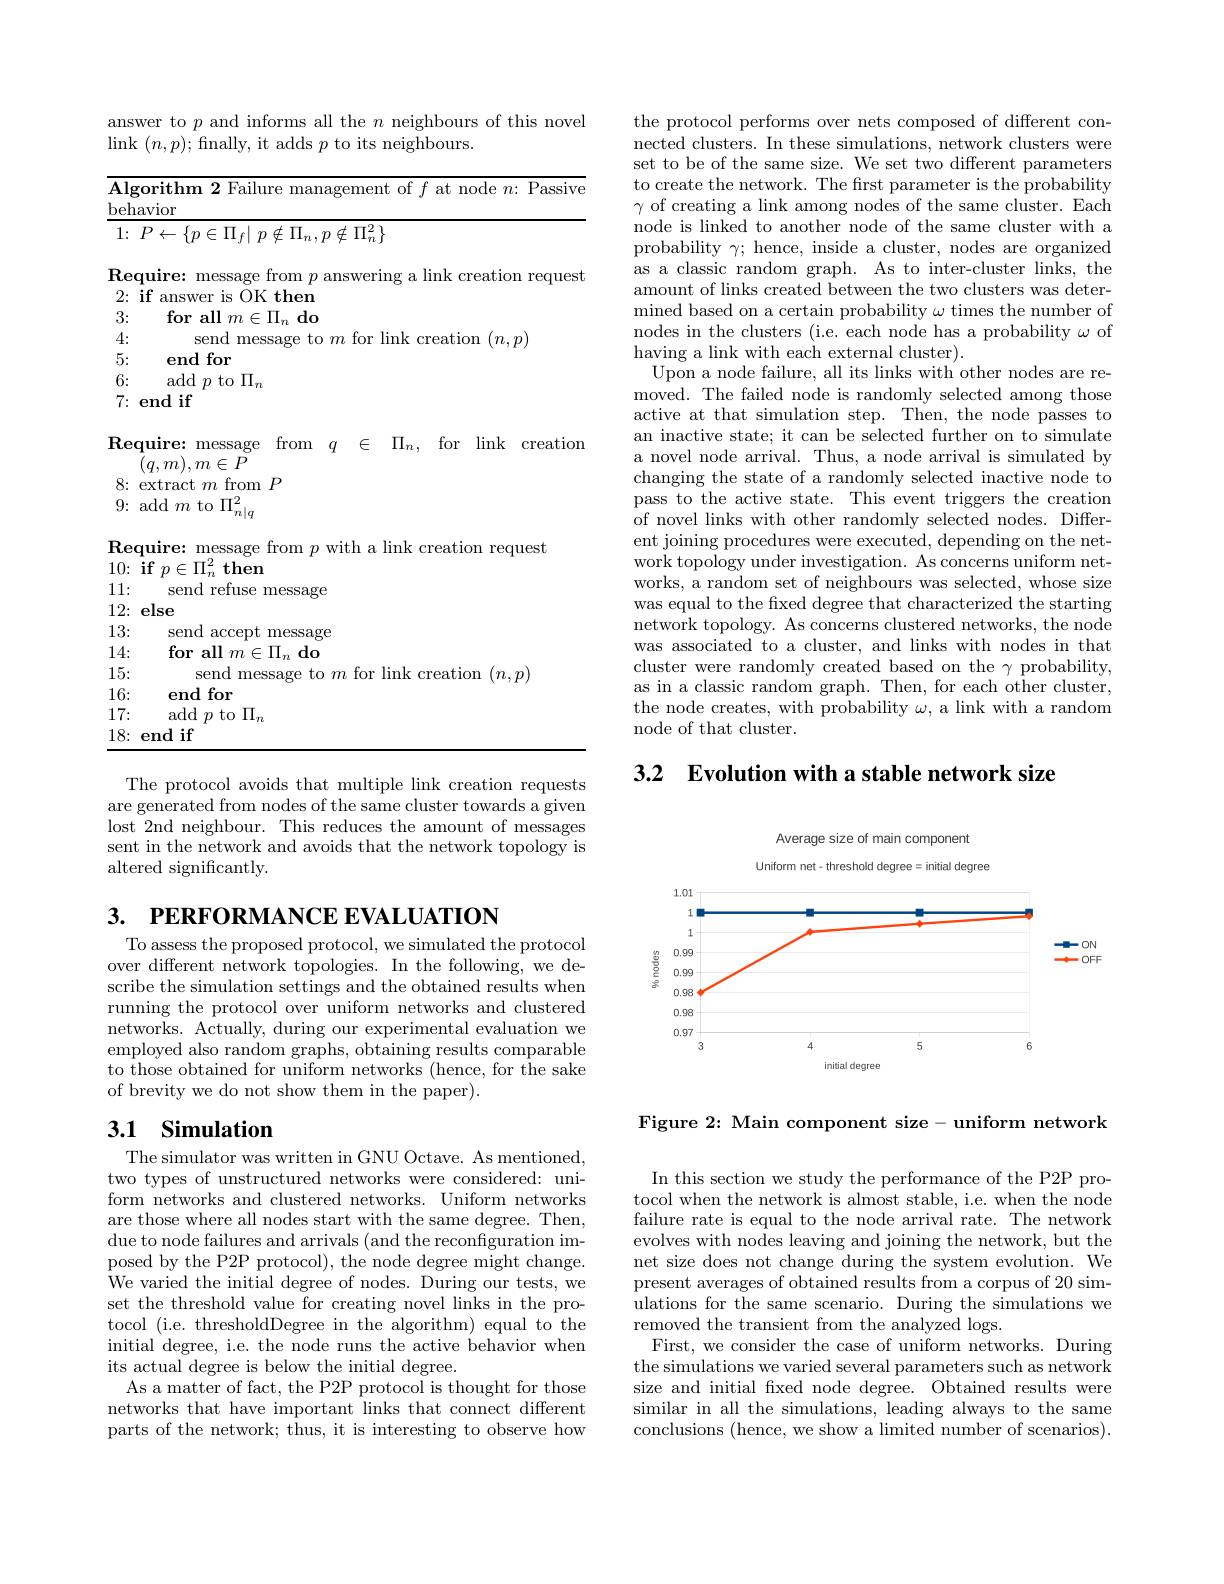
answer to $p$ and informs all the $n$ neighbours of this novel
$\operatorname*{link}(n,p);$fnally, it adds $p$ to its neighbours.

<table>
	<tbody>
		<tr>
			<td>$\overline{\mathbf{Alg}}$ $beh\varepsilon$</td>
			<td>${\mathrm{corithm~2~Failure~management}}$ t ot $f$ at node $n\colon$Passıve avior</td>
		</tr>
		<tr>
			<td>1: </td>
			<td>$P\leftarrow \{ p\in \Pi _{f}|$ $p\notin \Pi _{n}, p\notin \Pi _{n}^{2}\}$</td>
		</tr>
		<tr>
			<td>4:</td>
			<td>send r link creation $(n.n$ mess </td>
		</tr>
		<tr>
			<td>5:</td>
			<td>end for</td>
		</tr>
		<tr>
			<td>6:</td>
			<td>add $p$ to $\Pi_n$</td>
		</tr>
		<tr>
			<td>7:</td>
			<td>$\mathbf{end}$if</td>
		</tr>
		<tr>
			<td>Req</td>
			<td>quire: message from $q$ $\in$ $\Pi _{n}$, for link creation $(q,m),m\in P$</td>
		</tr>
		<tr>
			<td>11: </td>
			<td>refilse message send</td>
		</tr>
		<tr>
			<td>12:</td>
			<td>else</td>
		</tr>
		<tr>
			<td>13:</td>
			<td>accent send message</td>
		</tr>
		<tr>
			<td>14:</td>
			<td>for all $\textbf{l}m\in \Pi _{n}$do</td>
		</tr>
		<tr>
			<td>15:</td>
			<td>send for link reation $(m,\eta$</td>
		</tr>
		<tr>
			<td>16:</td>
			<td>end for</td>
		</tr>
		<tr>
			<td>17:</td>
			<td>add $p$ to $\Pi_n$</td>
		</tr>
		<tr>
			<td>18:</td>
			<td>end if</td>
		</tr>
	</tbody>
</table>

The protocol avoids that multiple link creation requests are generated from nodes of the same cluster towards a given lost 2nd neighbour. This reduces the amount of messages sent in the network and avoids that the network topology is altered significantly.

3. PERFORMANCE EVALUATION

To assess the proposed protocol, we simulated the protocol over different network topologies. In the following, we describe the simulation settings and the obtained results when running the protocol over uniform networks and clustered $\bar{\text{networks. Actually, during our experimental evaluation we}}$ employed also random graphs, obtaining results comparable to those obtained for uniform networks (hence, for the sake of brevity we do not show them in the paper).

# 3.1 Simulation

The simulator was written in GNU Octave. As mentioned, two types of unstructured networks were considered: uniform networks and clustered networks. Uniform networks are those where all nodes start with the same degree. Then, due to node failures and arrivals (and the reconfiguration imposed by the P2P protocol), the node degree might change. We varied the initial degree of nodes. During our tests, we set the threshold value for creating novel links in the protocol (i.e. thresholdDegree in the algorithm) equal to the initial degree, i.e. the node runs the active behavior when its actual degree is below the initial degree.
As a matter of fact, the P2P protocol is thought for those networks that have important links that connect different parts of the network; thus, it is interesting to observe how

the protocol performs over nets composed of different connected clusters. In these simulations, network clusters were set to be of the same size. We set two different parameters to create the network. The first parameter is the probability $\gamma$ of creating a link among nodes of the same cluster. Each node is linked to another node of the same cluster with a probability $\gamma;$ hence, inside a cluster, nodes are organized as a classic random graph. As to inter-cluster links, the amount of links created between the two clusters was determined based on a certain probability $\omega$ times the number of nodes in the clusters (i.e. each node has a probability $\omega$ of having a link with each external cluster).
Upon a node failure, all its links with other nodes aremoved. The failed node is randomly selected among those active at that simulation step. Then, the node passes to an inactive state; it can be selected further on to simulate a novel node arrival. Thus, a node arrival is simulated by changing the state of a randomly selected inactive node to pass to the active state. This event triggers the creation of novel links with other randomly selected nodes. Different joining procedures were executed, depending on the network topology under investigation. As concerns uniform networks, a random set of neighbours was selected, whose size was equal to the fixed degree that characterized the starting network topology. As concerns clustered networks, the node was associated to a cluster, and links with nodes in that cluster were randomly created based on the $\gamma$ probability, as in a classic random graph. Then, for each other cluster, the node creates, with probability $\omega$, a link with a random node of that cluster.

3.2 Evolution with a stable network size

Average size of main component
<FigureHere>

Figure 2: Main component size- uniform network

In this section we study the performance of the P2P protocol when the network is almost stable, i.e. when the node failure rate is equal to the node arrival rate. The network evolves with nodes leaving and joining the network, but the net size does not change during the system evolution. We present averages of obtained results from a corpus of 20 simulations for the same scenario. During the simulations we removed the transient from the analyzed logs.
First, we consider the case of uniform networks. During the simulations we varied several parameters such as network size and initial fxed node degree. Obtained results were similar in all the simulations, leading always to the same conclusions (hence, we show a limited number of scenarios).